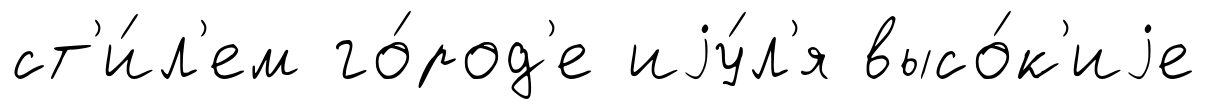
ст'и́л'ем го́род'е иjу́л'я высо́к'иjе